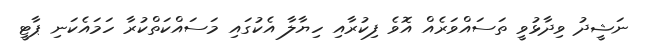
ނަޝީދު ވިދާޅުވީ ތަސައްވަރެއް އޮވެ ފިކުރާއި ހިޔާލާ އެކުގައި މަސައްކަތްކުރާ ހަމައެކަނި ޕާޓީ